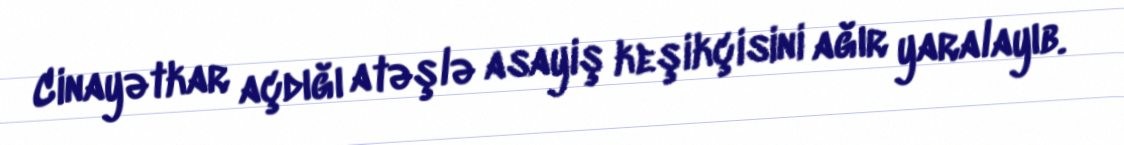
Cinayətkar açdığı atəşlə asayiş keşikçisini ağır yaralayıb.